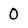
Character: 0